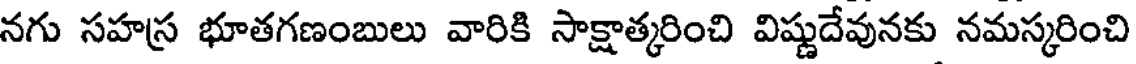
నగు సహస్ర భూతగణంబులు వారికి సాక్షాత్కరించి విష్ణుదేవునకు నమస్కరించి